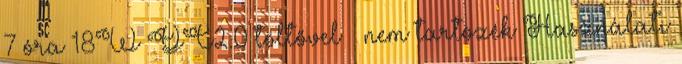
7 óra 18W QC2.0 töltővel – nem tartozék Használati